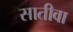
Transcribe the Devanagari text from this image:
सातीवा